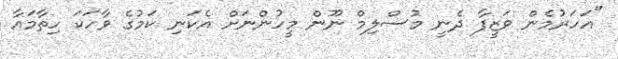
"އަހަރުމެން ވަޒީފާ ދެނީ މުސްލިމް ނޫން މީހުންނަށް އެކަނި ކަމުގެ ވާހަކަ ހިތާމައާ